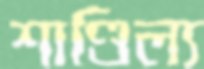
শাণ্ডিল্য